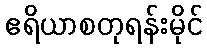
ဧရိယာစတုရန်းမိုင်